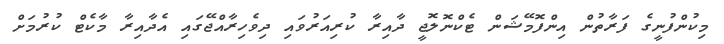
މިކުންފުނީގެ ފަރާތުން އިންފޮމޭޝަން ޓެކްނޮލޮޖީ ދާއިރާ ކުރިއަރުވައި ދިވެހިރާއްޖޭގައި އެދާއިރާ މާކެޓް ކުރުމަށް